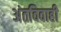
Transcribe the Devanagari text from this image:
अंतविवाही